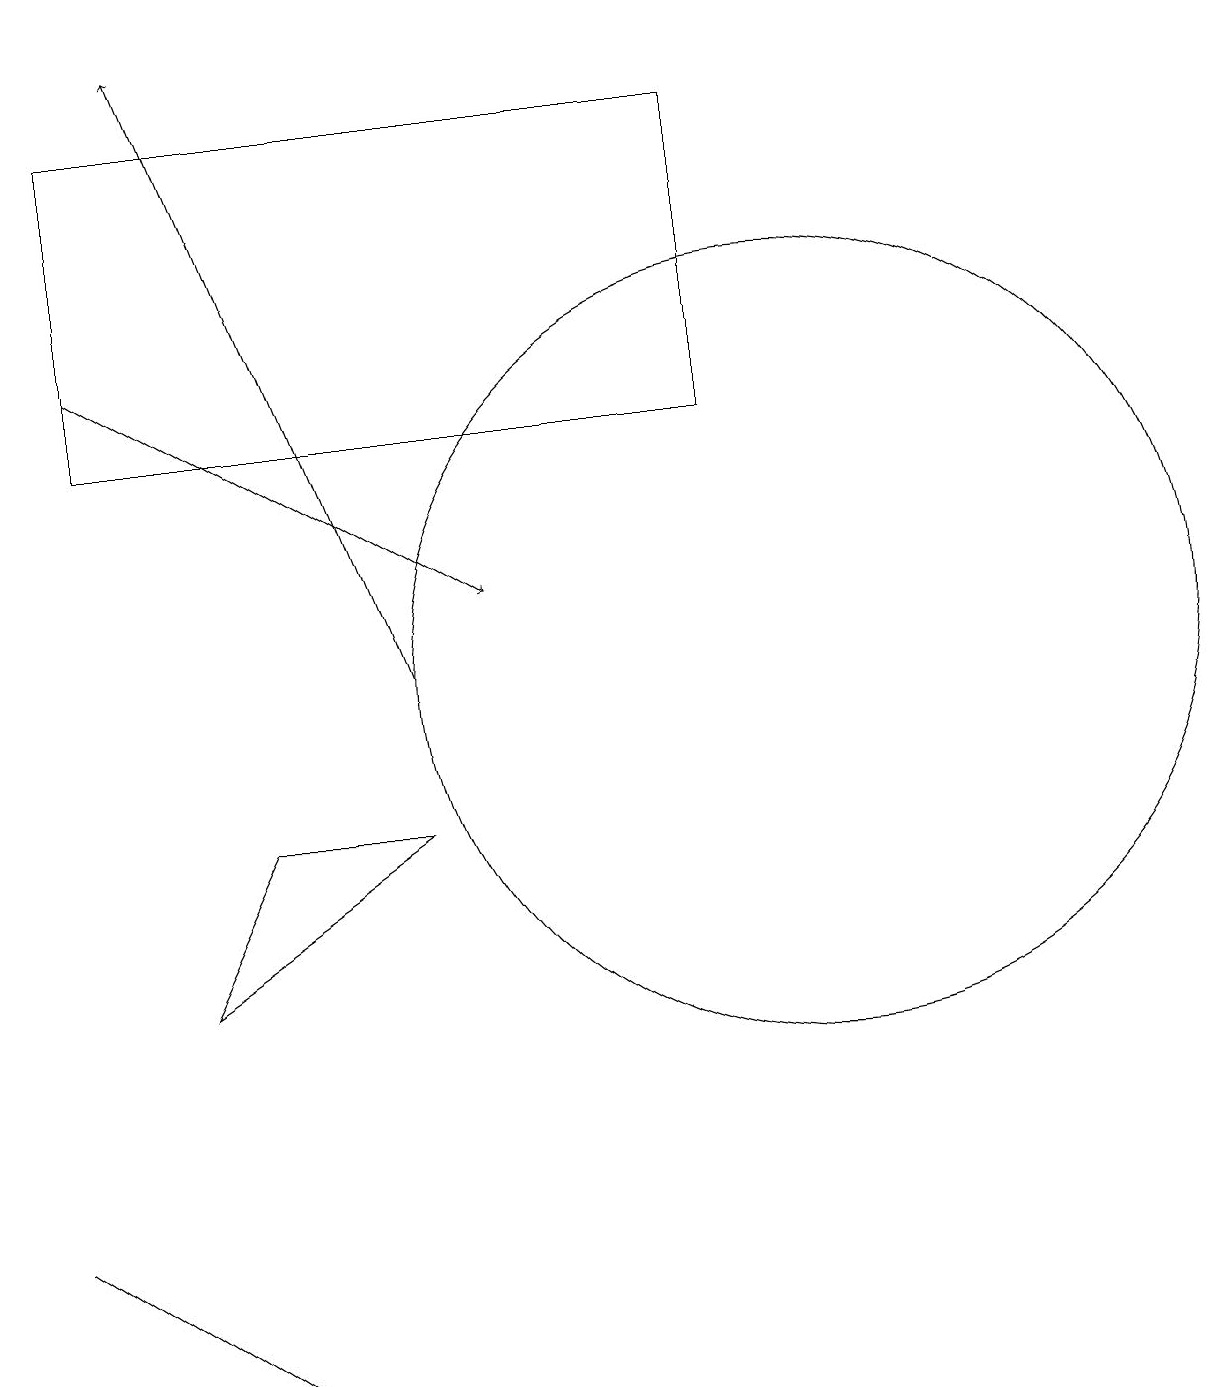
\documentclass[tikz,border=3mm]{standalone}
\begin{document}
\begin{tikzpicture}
\draw[->] (5,11) -- (2,19);
\draw (10,11) circle (5);
\draw (9,14) rectangle (8,14);
\draw (1,18) rectangle (9,14);
\draw[->] (1,15) -- (6,12);
\draw (3,9) -- (5,9) -- (2,7) -- cycle;
\draw (0,4) -- (3,2) -- (0,4) -- cycle;
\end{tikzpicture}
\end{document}